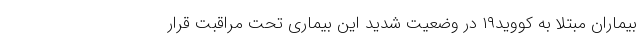
بیماران مبتلا به کووید۱۹ در وضعیت شدید این بیماری تحت مراقبت قرار